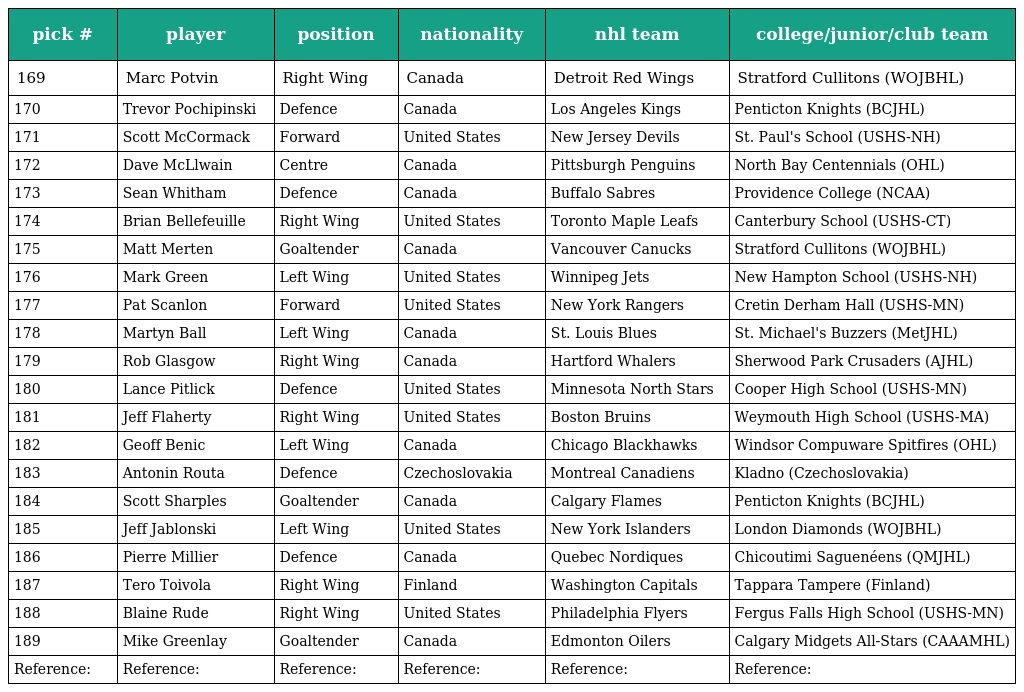
| pick # | player | position | nationality | nhl team | college/junior/club team |
 | --- | --- | --- | --- | --- | --- |
 | 169 | Marc Potvin | Right Wing | Canada | Detroit Red Wings | Stratford Cullitons (WOJBHL) |
 | 170 | Trevor Pochipinski | Defence | Canada | Los Angeles Kings | Penticton Knights (BCJHL) |
 | 171 | Scott McCormack | Forward | United States | New Jersey Devils | St. Paul's School (USHS-NH) |
 | 172 | Dave McLlwain | Centre | Canada | Pittsburgh Penguins | North Bay Centennials (OHL) |
 | 173 | Sean Whitham | Defence | Canada | Buffalo Sabres | Providence College (NCAA) |
 | 174 | Brian Bellefeuille | Right Wing | United States | Toronto Maple Leafs | Canterbury School (USHS-CT) |
 | 175 | Matt Merten | Goaltender | Canada | Vancouver Canucks | Stratford Cullitons (WOJBHL) |
 | 176 | Mark Green | Left Wing | United States | Winnipeg Jets | New Hampton School (USHS-NH) |
 | 177 | Pat Scanlon | Forward | United States | New York Rangers | Cretin Derham Hall (USHS-MN) |
 | 178 | Martyn Ball | Left Wing | Canada | St. Louis Blues | St. Michael's Buzzers (MetJHL) |
 | 179 | Rob Glasgow | Right Wing | Canada | Hartford Whalers | Sherwood Park Crusaders (AJHL) |
 | 180 | Lance Pitlick | Defence | United States | Minnesota North Stars | Cooper High School (USHS-MN) |
 | 181 | Jeff Flaherty | Right Wing | United States | Boston Bruins | Weymouth High School (USHS-MA) |
 | 182 | Geoff Benic | Left Wing | Canada | Chicago Blackhawks | Windsor Compuware Spitfires (OHL) |
 | 183 | Antonin Routa | Defence | Czechoslovakia | Montreal Canadiens | Kladno (Czechoslovakia) |
 | 184 | Scott Sharples | Goaltender | Canada | Calgary Flames | Penticton Knights (BCJHL) |
 | 185 | Jeff Jablonski | Left Wing | United States | New York Islanders | London Diamonds (WOJBHL) |
 | 186 | Pierre Millier | Defence | Canada | Quebec Nordiques | Chicoutimi Saguenéens (QMJHL) |
 | 187 | Tero Toivola | Right Wing | Finland | Washington Capitals | Tappara Tampere (Finland) |
 | 188 | Blaine Rude | Right Wing | United States | Philadelphia Flyers | Fergus Falls High School (USHS-MN) |
 | 189 | Mike Greenlay | Goaltender | Canada | Edmonton Oilers | Calgary Midgets All-Stars (CAAAMHL) |
 | Reference: | Reference: | Reference: | Reference: | Reference: | Reference: |